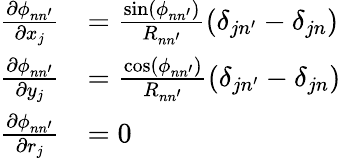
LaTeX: \begin{array}{rl}{\frac{\partial\phi_{nn^{\prime}}}{\partial x_{j}}}&{=\frac{\sin(\phi_{nn^{\prime}})}{R_{nn^{\prime}}}(\delta_{jn^{\prime}}-\delta_{jn})}\\ {\frac{\partial\phi_{nn^{\prime}}}{\partial y_{j}}}&{=\frac{\cos(\phi_{nn^{\prime}})}{R_{nn^{\prime}}}(\delta_{jn^{\prime}}-\delta_{jn})}\\ {\frac{\partial\phi_{nn^{\prime}}}{\partial r_{j}}}&{=0}\end{array}